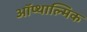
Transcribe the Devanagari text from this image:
ऑप्थाल्मिक